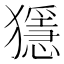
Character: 𤢦